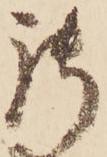
御